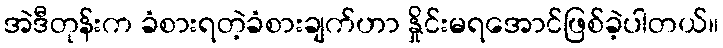
အဲဒီတုန်းက ခံစားရတဲ့ခံစားချက်ဟာ နှိုင်းမရအောင်ဖြစ်ခဲ့ပါတယ်။